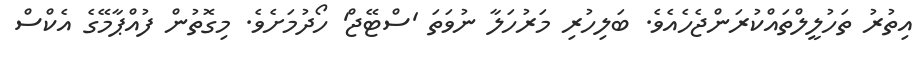
އިތުރު ތަހުލީލްތައްކުރަންޖެހެއެވެ. ބަލިހުރި މަރުހަލާ ނުވަތަ 'ސްޓޭޖް' ހޯދުމަށެވެ. މިގޮތުން ފުއްޕާމޭގެ އެކްސް